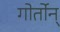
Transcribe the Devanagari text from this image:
गोर्तोन्